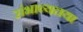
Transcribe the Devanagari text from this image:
संभाव्यतया